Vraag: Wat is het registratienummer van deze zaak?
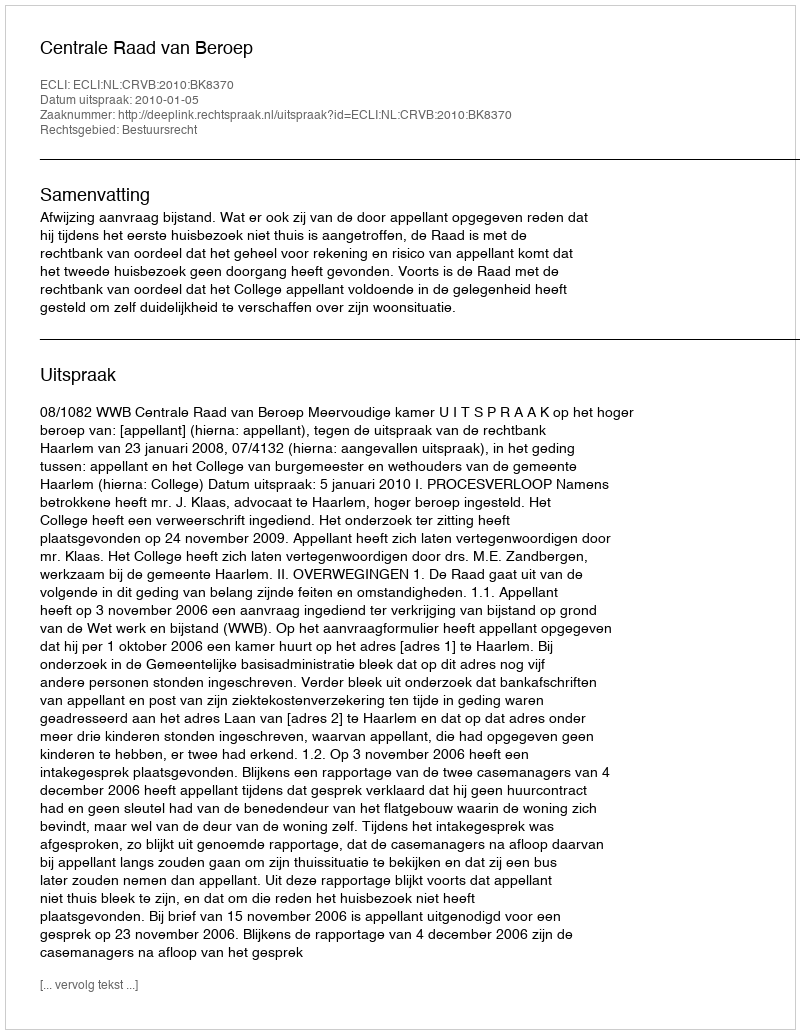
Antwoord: http://deeplink.rechtspraak.nl/uitspraak?id=ECLI:NL:CRVB:2010:BK8370